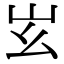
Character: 𡵏